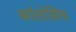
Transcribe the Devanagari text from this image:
कॉलोसिंथ